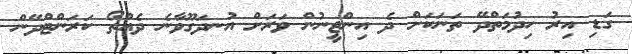
ގަޑި އިރު ހިދުމަތްދޭ ތަނަކަށް ދެ އިންޖީނުން ވަރަށް އުނދަގޫވާނެ ދެއްތޯ ކަރަންޓްދޭން